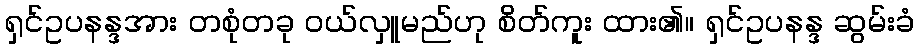
ရှင်ဥပနန္ဒအား တစုံတခု ဝယ်လှူမည်ဟု စိတ်ကူး ထား၏။ ရှင်ဥပနန္ဒ ဆွမ်းခံ